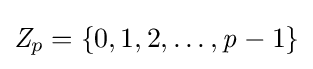
{\mathit {Z}}_{p}=\{0,1,2,\dots ,{\mathit {p}}-1\}